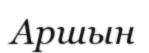
Аршын